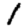
Digit: 1